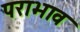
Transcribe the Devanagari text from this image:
पराभाव